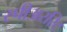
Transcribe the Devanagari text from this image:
स्पीअररिट